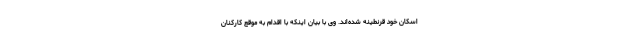
اسکان خود قرنطینه شده‌اند. وی با بیان اینکه با اقدام به موقع کارکنان